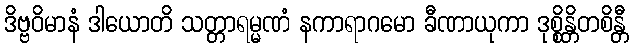
ဒိဗ္ဗဝိမာနံ ဒါယောတိ သတ္တာရမ္မဏံ နကာရာဂမော ခီဏာယုကာ ဒုစ္စိန္တိတစိန္တီ